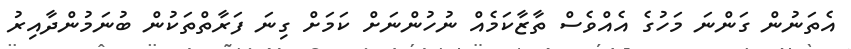
އެތަނުން ގަންނަ މަހުގެ އެއްވެސް ތާޒާކަމެއް ނުހުންނަށް ކަމަށް ގިނަ ފަރާތްތަކުން ބުނަމުންދާއިރު